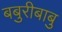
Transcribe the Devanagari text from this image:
बबुरीबाबु